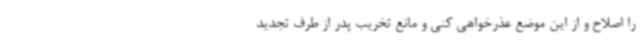
را اصلاح و از این موضع عذرخواهی کنی و مانع تخریب پدر از طرف تجدید